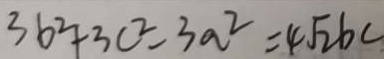
3 b ^ { 2 } + 3 c ^ { 2 } - 3 a ^ { 2 } = 4 \sqrt { 2 } b c